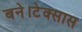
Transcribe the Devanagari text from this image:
बने।टेक्सास